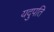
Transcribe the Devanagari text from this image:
यदुपति